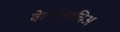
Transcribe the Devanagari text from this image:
वेलविटचिअ